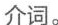
介词。